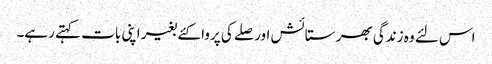
اس لئے وہ زندگی بھر ستائش اور صلے کی پروا کئے بغیر اپنی بات کہتے رہے۔